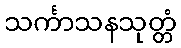
သင်္ကာသနသုတ္တံ